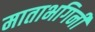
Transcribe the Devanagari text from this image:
माताभगिनी